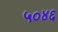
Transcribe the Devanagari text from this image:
५०४६